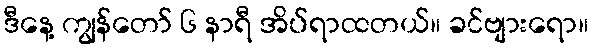
ဒီနေ့ ကျွန်တော် ၆ နာရီ အိပ်ရာထတယ်။ ခင်ဗျားရော။